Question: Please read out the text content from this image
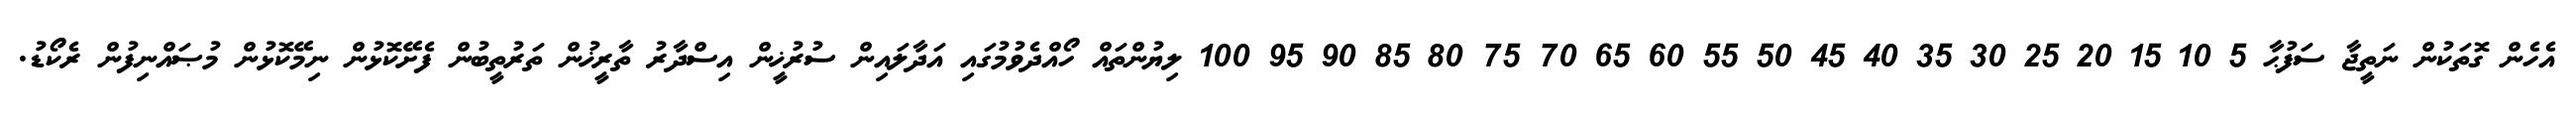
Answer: އެހެން ގޮތަކުން ނަތީޖާ ސަފުޙާ 5 10 15 20 25 30 35 40 45 50 55 60 65 70 75 80 85 90 95 100 ލިޔުންތައް ހޯއްދެވުމުގައި އަދާލައިން ސުރުޚީން އިސްދާރު ތާރީޚުން ތަރުތީބުން ފެށޭކޮޅުން ނިމޭކޮޅުން މުޞައްނިފުން ރެކޯޑު.